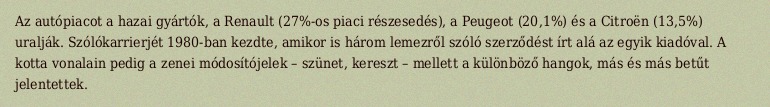
Az autópiacot a hazai gyártók, a Renault (27%-os piaci részesedés), a Peugeot (20,1%) és a Citroën (13,5%) uralják. Szólókarrierjét 1980-ban kezdte, amikor is három lemezről szóló szerződést írt alá az egyik kiadóval. A kotta vonalain pedig a zenei módosítójelek – szünet, kereszt – mellett a különböző hangok, más és más betűt jelentettek.